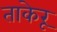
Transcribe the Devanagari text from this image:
ताकेरू